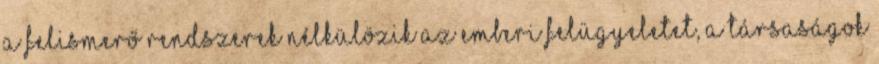
a felismerő rendszerek nélkülözik az emberi felügyeletet, a társaságok